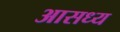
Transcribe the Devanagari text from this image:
आसध्य